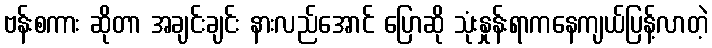
ဗန်းစကား ဆိုတာ အချင်းချင်း နားလည်အောင် ပြောဆို သုံးနှုန်းရာကနေကျယ်ပြန့်လာတဲ့